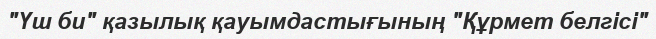
"Үш би" қазылық қауымдастығының "Құрмет белгісі"